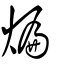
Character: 煸